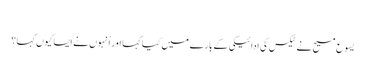
‏
یسوع مسیح نے ٹیکس کی ادائیگی کے بارے میں کیا کہا اور اُنہوں نے ایسا کیوں کہا؟